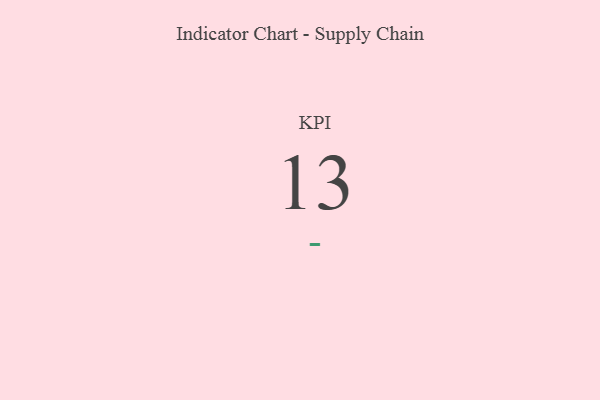
{"axis": {"x": "KPI", "y": "Value"}, "legend": [""], "data": [{"x": "KPI", "y": 13, "type": ""}]}